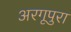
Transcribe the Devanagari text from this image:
अरगूपुरा